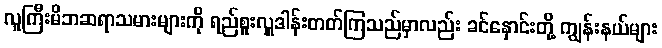
လူကြီးမိဘဆရာသမားများကို ရည်စူးလှူဒါန်းတတ်ကြသည်မှာလည်း ခင်နှောင်းတို့ ကျွန်းနယ်များ